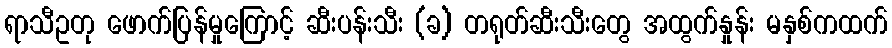
ရာသီဥတု ဖောက်ပြန်မှုကြောင့် ဆီးပန်းသီး (ခ) တရုတ်ဆီးသီးတွေ အထွက်နှုန်း မနှစ်ကထက်